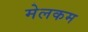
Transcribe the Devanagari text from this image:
मेलकम